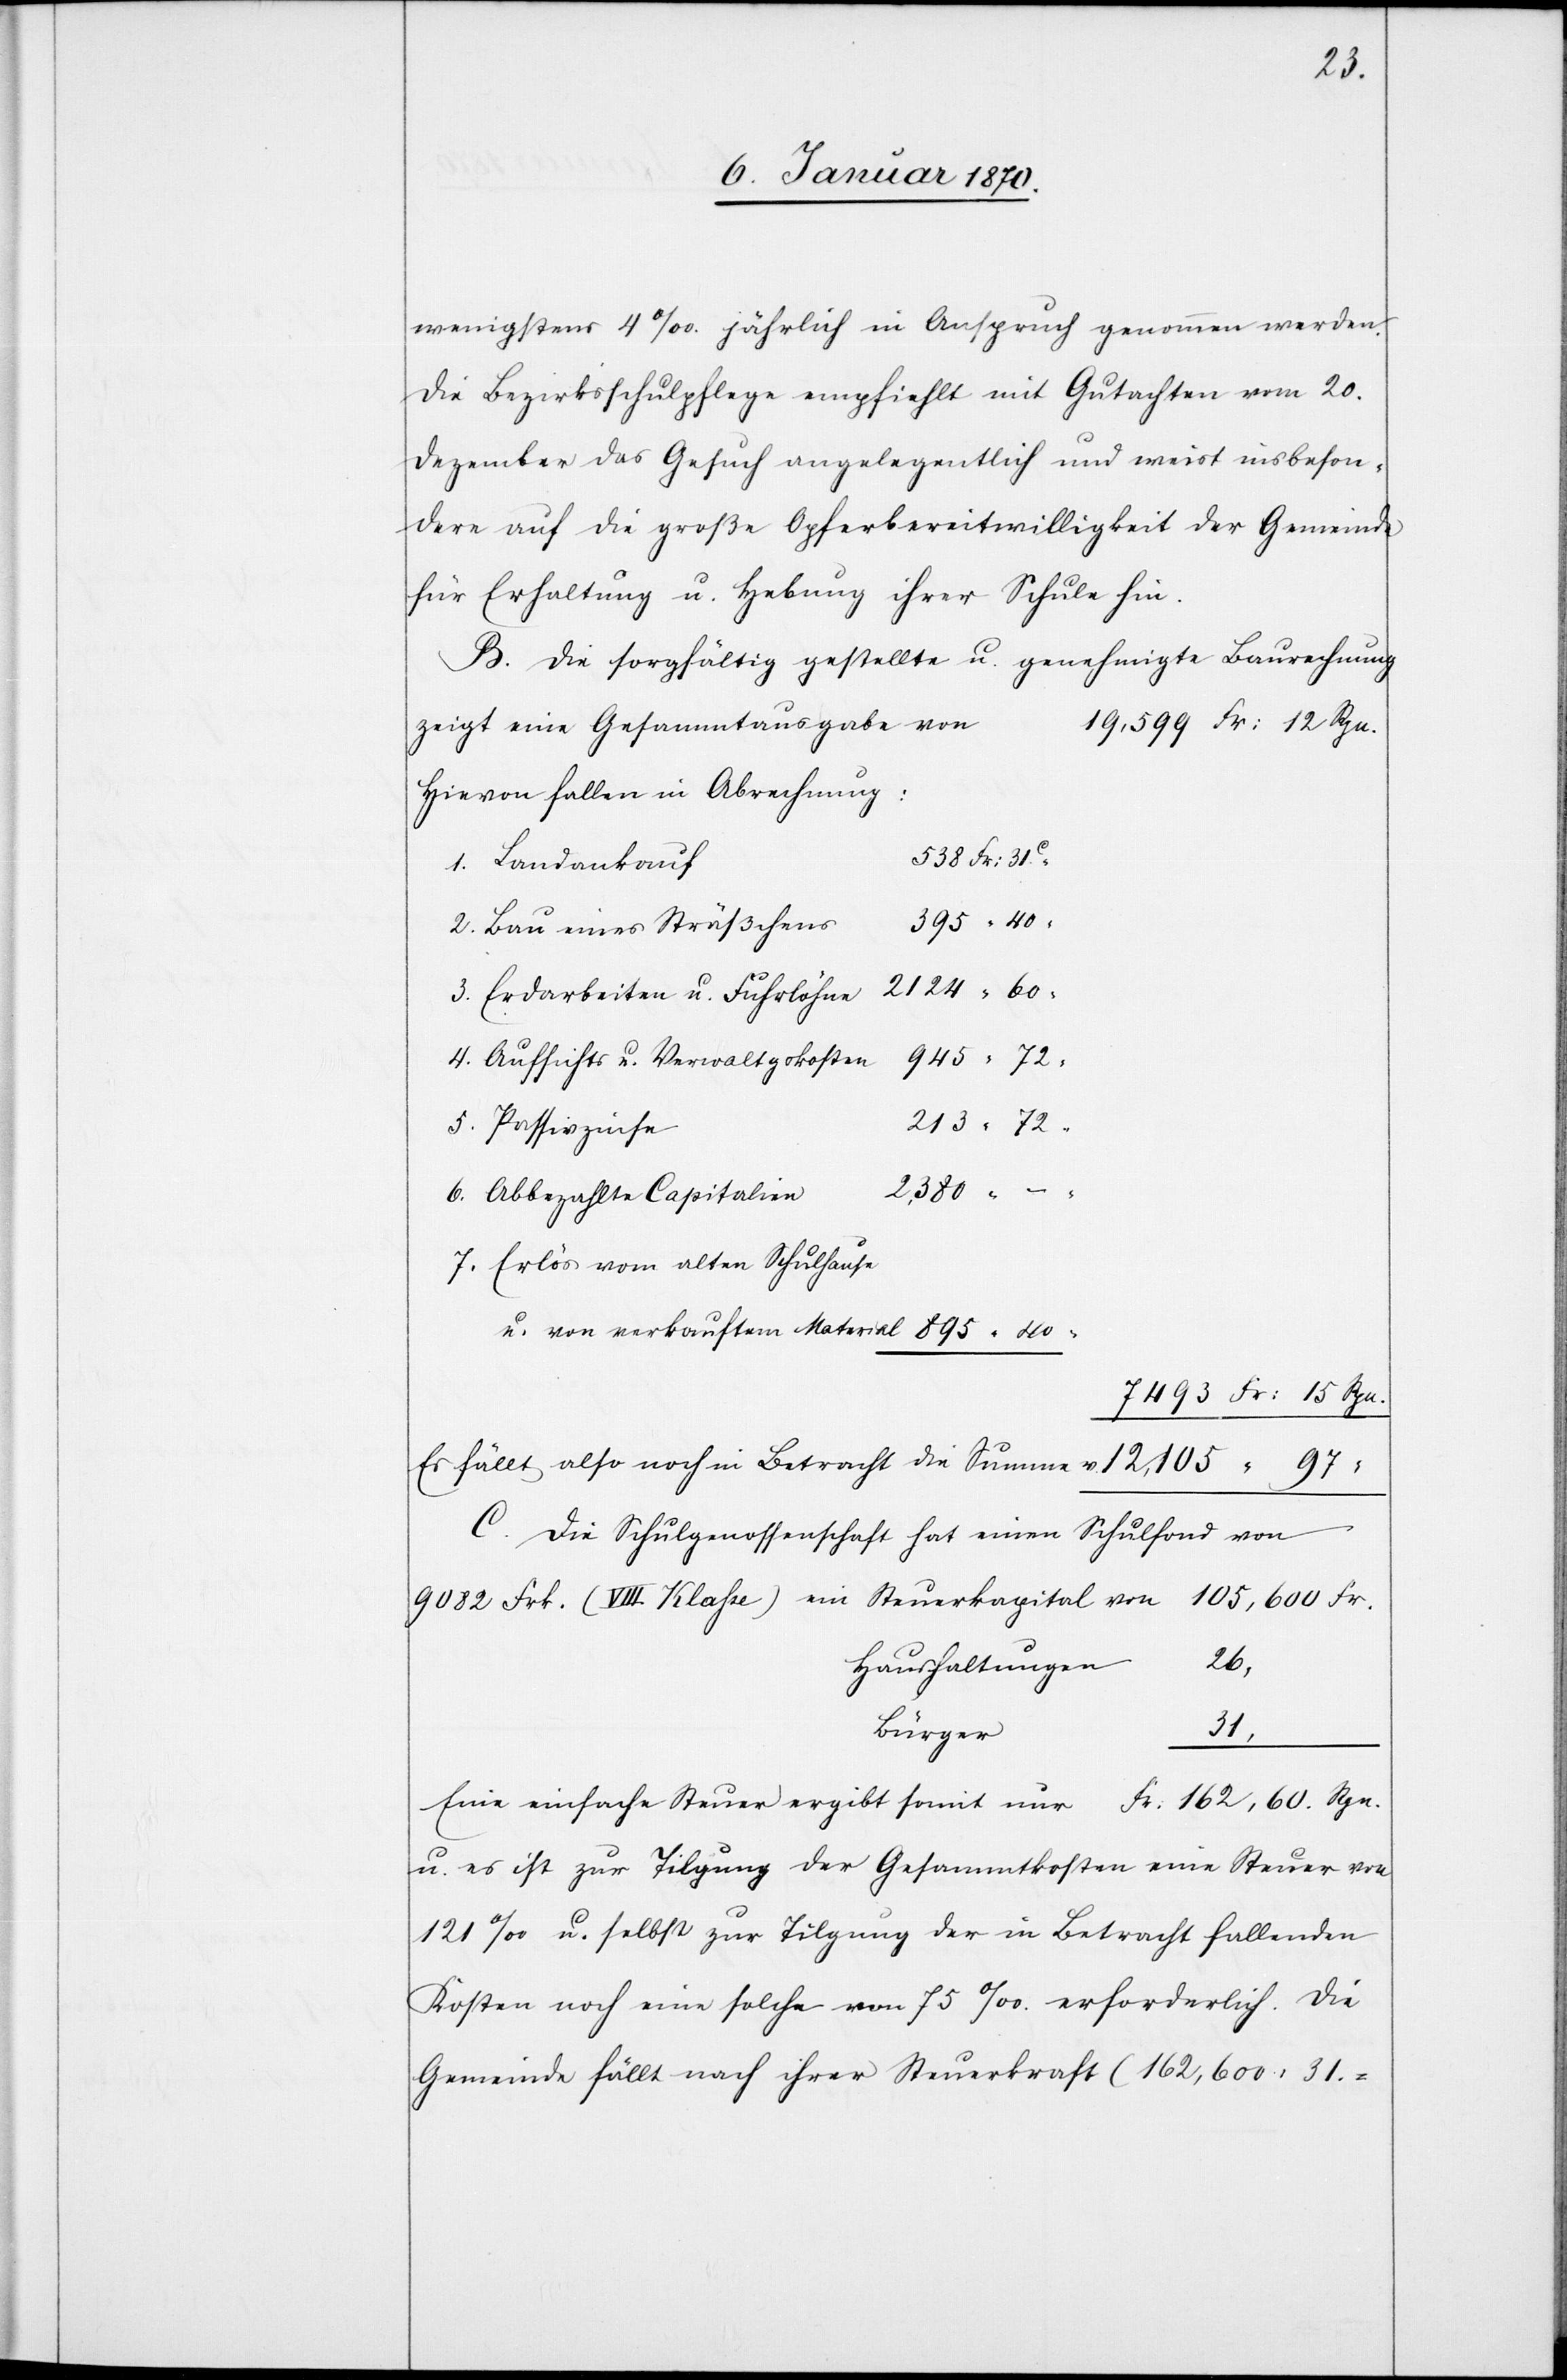
wenigstens 4‰ jährlich in Anspruch genommen werden.
Die Bezirksschulpflege empfiehlt mit Gutachten vom 20.
Dezember das Gesuch angelegentlich und weist insbeson¬
dere auf die große Opferbereitwilligkeit der Gemeinde
für Erhaltung u. Hebung ihrer Schule hin.
B. Die sorgfältig gestellte u. genehmigte Baurechnung
zeigt eine Gesammtausgabe von
Hievon fallen in Abrechung:
538 Fr: 31c
1. Landankauf
395 “ 40
2. Bau eines Sträßchens
e	2124 “ 60
3. Erdarbeiten u. Fuhrlöhn¬
4. Aufsichts[-] u. Verwaltungskosten	 945 “ 72
213 “ 72
5. Passivzinse
6. Abbezahlte Capitalie¬
“
7. Erlös vom alten Schulhause
u. von verkauftem Material 	 895 “ 40 “
7493 Fr: 15 Rpn.
Es fällt also noch in Betracht die Summe v.
von
C. Die Schulgenossenschaft hat einen Schulfond von
31,
Haushaltungen
Fr.
Eine einfache Steuer ergibt somit nur 	Fr. 162,60. Rpn.
u. es ist zur Tilgung der Gesammtkosten eine Steuer von
121‰ u. selbst zur Tilgung der in Betracht fallenden
Kosten noch eine solche von 75‰ erforderlich. Die
Gemeinde fällt nach ihrer Steuerkraft (162,600 : 31 =